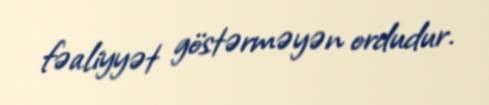
fəaliyyət göstərməyən ordudur.